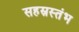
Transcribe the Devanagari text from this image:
सहस्रस्तंभ